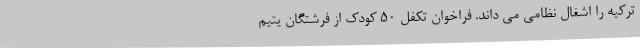
ترکیه را اشغال نظامی می داند. فراخوان تکفل 50 کودک از فرشتگان یتیم